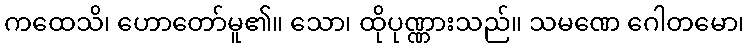
ကထေသိ၊ ဟောတော်မူ၏။ သော၊ ထိုပုဏ္ဏားသည်။ သမဏေ ဂေါတမော၊